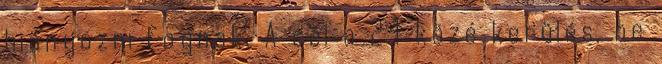
hiányozni fognak. A cél a 24 közé kerülés, be